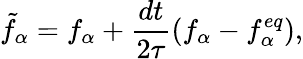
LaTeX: \tilde{f}_{\alpha}=f_{\alpha}+\frac{dt}{2\tau}(f_{\alpha}-f_{\alpha}^{eq}),